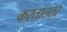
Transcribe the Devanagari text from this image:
करताततर